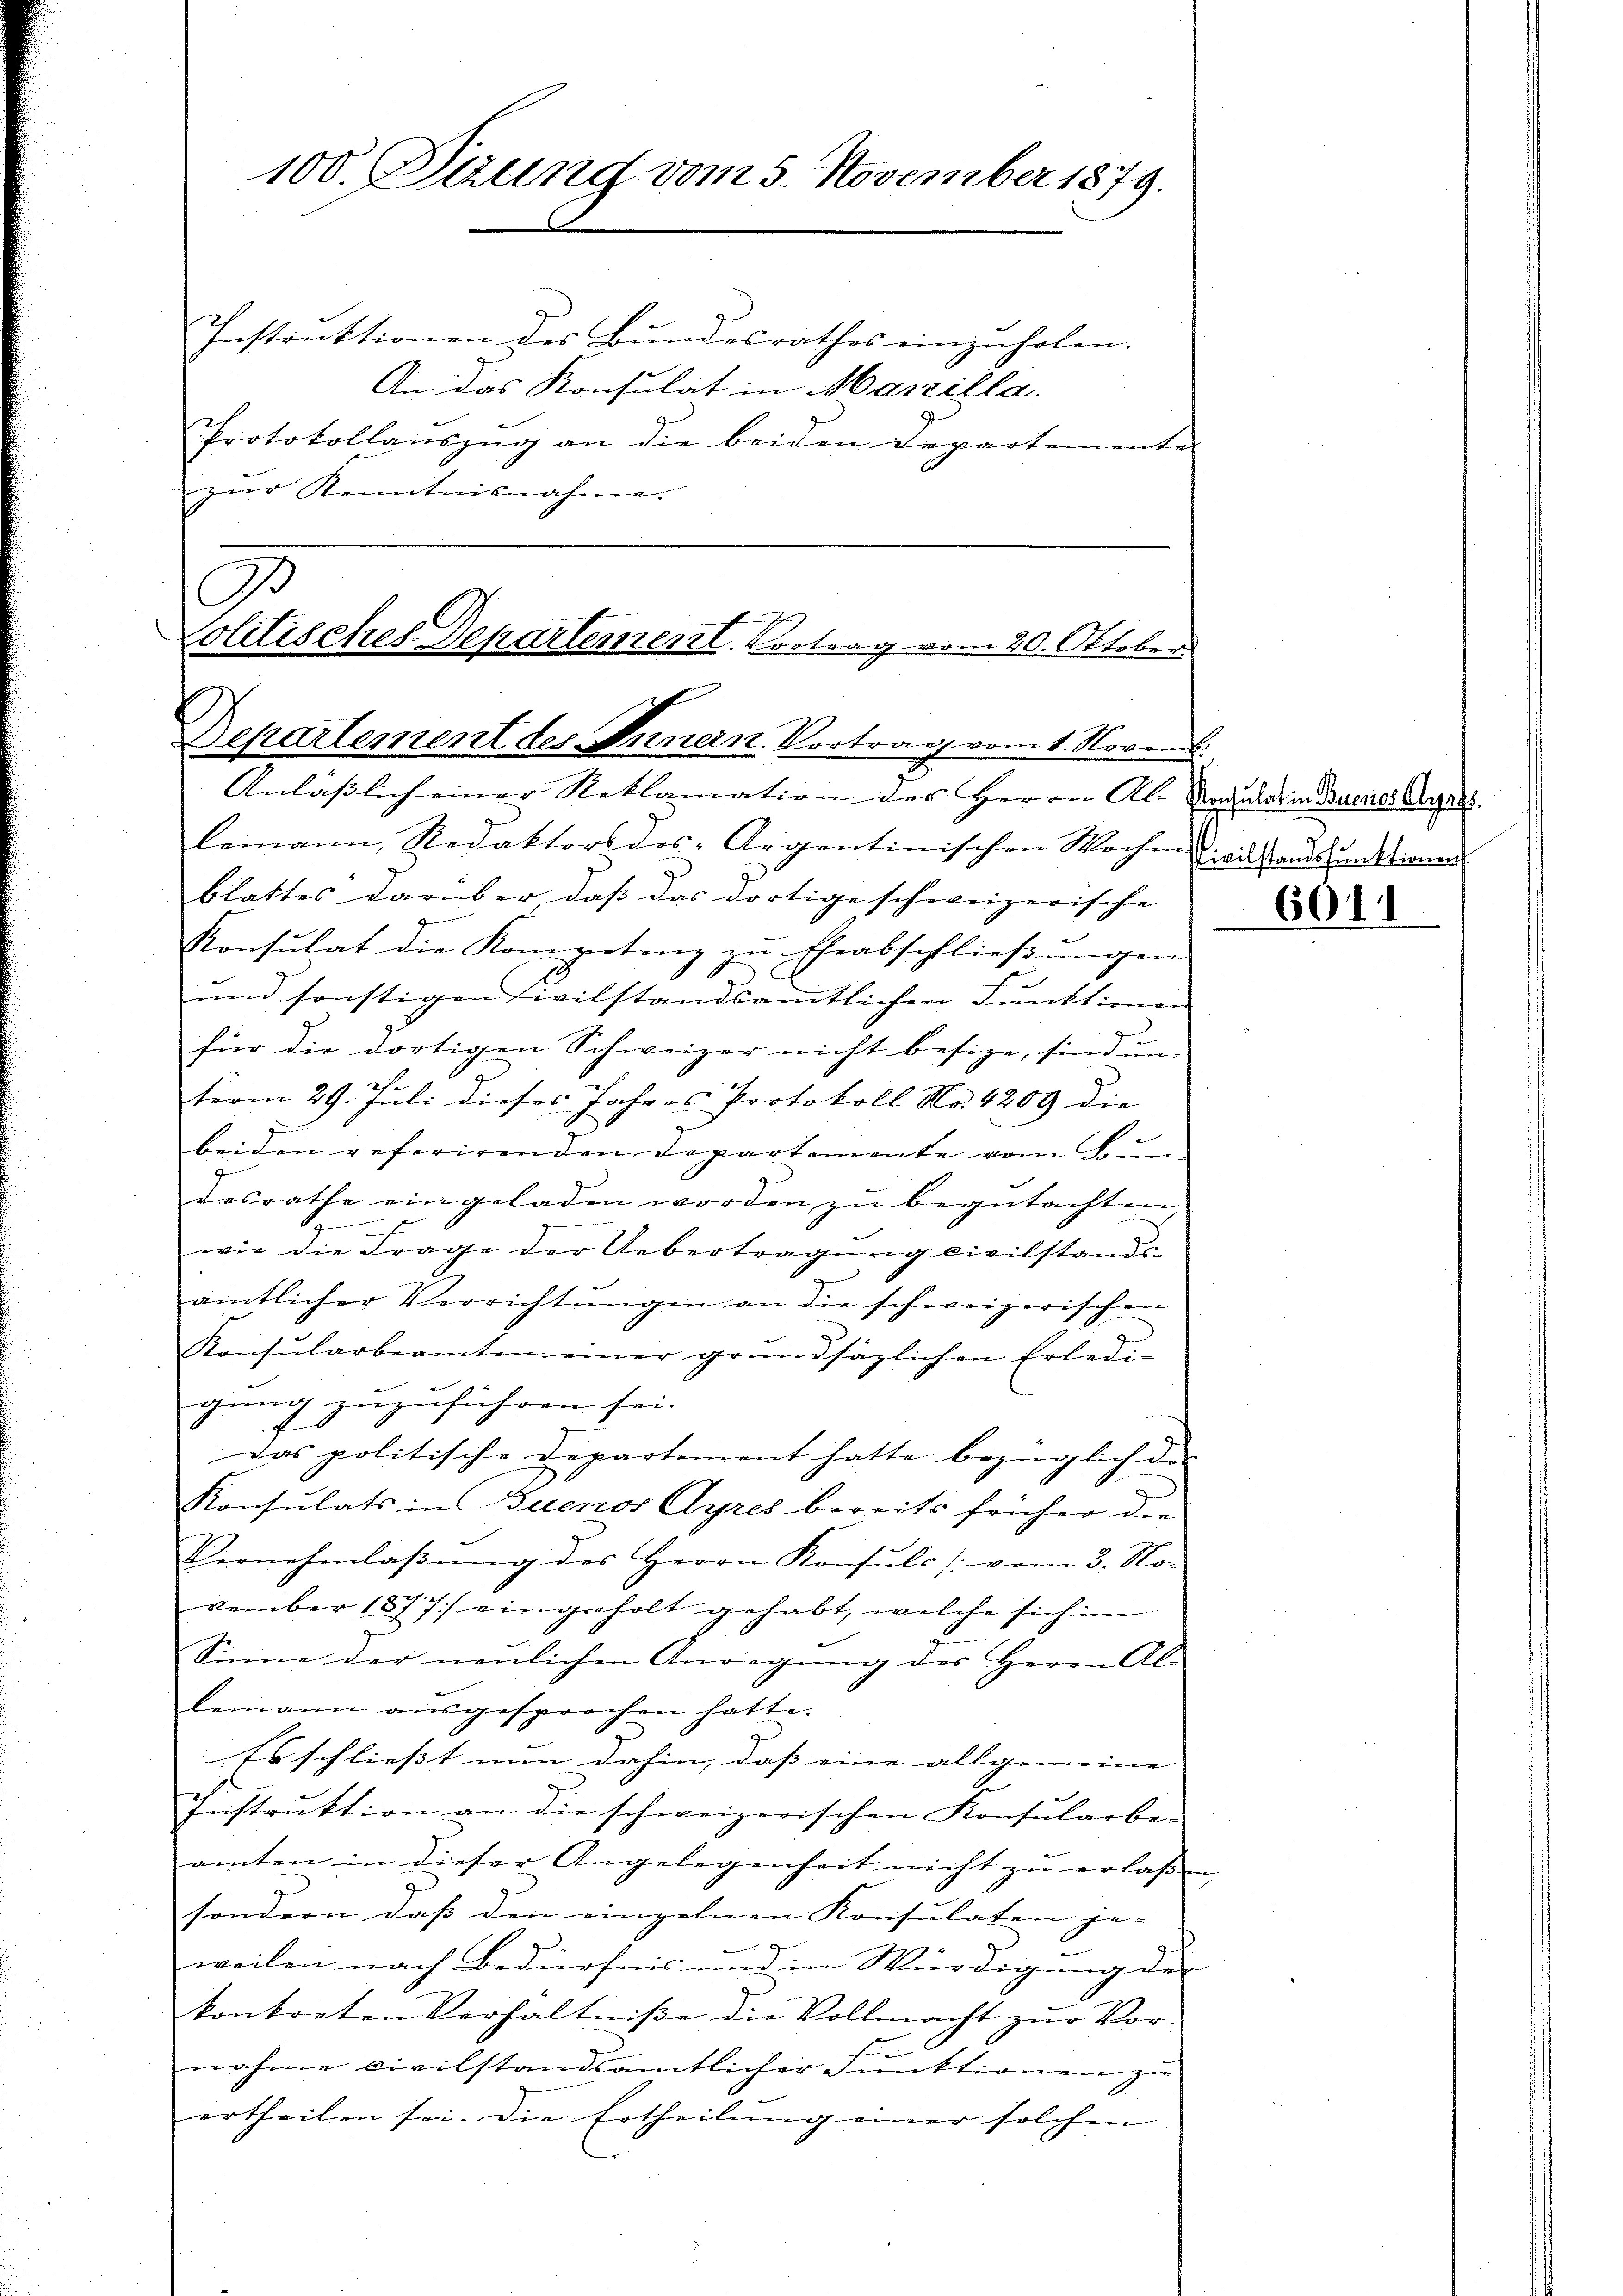
100. Sizung vom 5. November 1879.

Instruktionen des Bundesrathes einzŭholen.
An das Konsulat in Marilla.
Protokollauszug an die beiden Departemente
zŭr Kenntnisnahme.

s
Colitisches Departement. Vortrag vom 20. Oktober
Departement des Innern Vortrag vom 1. Novem
Anlässlich einer Reklamation des Herrn Ale Rodulat in Duenes Angels.

lemann, Redaktors des-Argentinischen Wochen Civilstandsfunktionen
blattes darüber daß das dortige schweizerische
g
Konsulat die Kompetenz zu Eheabschließungen
und sonstigen Civilstandsamtlichen Funktionen
für die dortigen Schweizer nicht besize, sind un
2
term 29. Juli dieses Jahres Protokoll No 4209 die
beiden referirenden Departemente vom Bun-
desrathe eingeladen worden zu begutachten
u
g
E
wie die Frage der Uebertragung civilstandsaintlicher Verrichtungen an die schweizerischen
Konsularbeamten einer grundsäglichen Erledigung zuzuführen sei.
das politische Departement hatte bezüglich der
Konsulats in Buenos Ayres bereits früher die
Vernehmlassŭng des Herrn Konsuls /: vom 3. No-
vember 1877) eingeholt gehabt, welche sich im
Sinne der neulichen Anregung des Herrn Al-
lemann ausgesprochen hatte.
Es schliesst nun dahin, dass eine allgemeine |
E
Instruktion an die schweizerischen Konsularbe-
amten in dieser Angelegenheit nicht zu erlassen,
sondern dass den einzelnen Konsulaten je- |
weilen nach Bedürfnis und in Würdigung der
konkreten Verhältniße die Vollmacht zŭr Vor-
f
nahme civilstandsamtlicher Funktionen zu
ertheilen sei. Die Ertheilung einer solchen

601